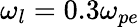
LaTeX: \omega_{l}=0.3\omega_{pe}